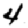
Digit: 4